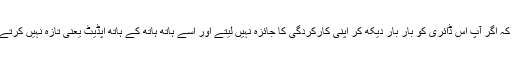
آخر میں سب سے اہم بات، اور وہ یہ ہے کہ اگر آپ اس ڈائری کو بار بار دیکھ کر اپنی کارکردگی کا جائزہ نہیں لیتے اور اسے ہاتھ ہاتھ کے ہاتھ اپڈیٹ یعنی تازہ نہیں کرتے تو پھر یہ سب مشقت بے کار جائے گی۔